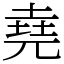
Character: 堯